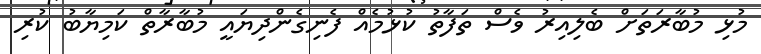
މުޅި މުބާރަތަށް ބެލިއިރު ވެސް ތަފާތު ކުޅުމެއް ފެނިގެންދިޔައީ މުބާރާތް ކަމިޔާބު ކުރި